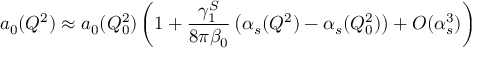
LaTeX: a _ { 0 } ( Q ^ { 2 } ) \approx a _ { 0 } ( Q _ { 0 } ^ { 2 } ) \left( 1 + { \frac { \gamma _ { 1 } ^ { S } } { 8 \pi \beta _ { 0 } } } \left( \alpha _ { s } ( Q ^ { 2 } ) - \alpha _ { s } ( Q _ { 0 } ^ { 2 } ) \right) + { \cal O } ( \alpha _ { s } ^ { 3 } ) \right)